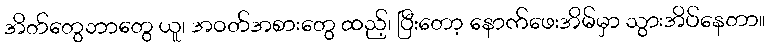
အိတ်တွေဘာတွေ ယူ၊ အဝတ်အစားတွေ ထည့်၊ ပြီးတော့ နောက်ဖေးအိမ်မှာ သွားအိပ်နေတာ။